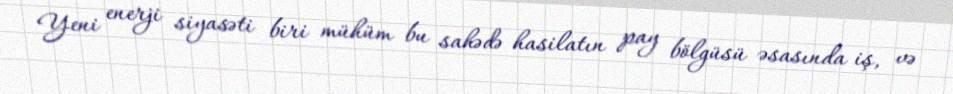
Yeni enerji siyasəti biri mühüm bu sahədə hasilatın pay bölgüsü əsasında iş, və